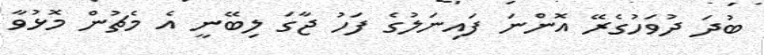
ބުދަ ދުވަހުގެރޭ އޮންނަ ފައިނަލުގެ ފަހު ޖާގަ ލިބޭނީ އެ މެޗުން މޮޅުވާ